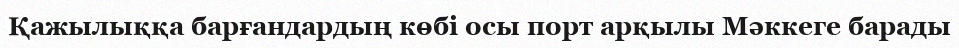
Қажылыққа барғандардың көбі осы порт арқылы Мәккеге барады